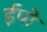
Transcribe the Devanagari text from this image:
ईपो